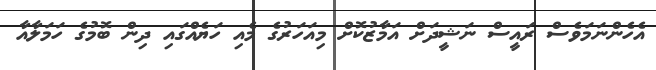
އެހެންނަމަވެސް ރައީސް ނަޝީދަށް އަމާޒުކޮށް މިއަހަރުގެ މެއި ހަޔެއްގައި ދިން ބޮމުގެ ހަމަލާއާ